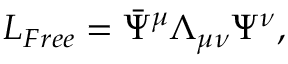
{ \cal L } _ { F r e e } = \bar { \Psi } ^ { \mu } \Lambda _ { \mu \nu } \Psi ^ { \nu } ,